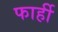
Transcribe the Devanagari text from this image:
फार्ही